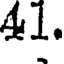
41.